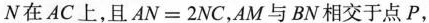
N在AC上，且$$A N = 2 N C$$,AM与BN相交于点P，